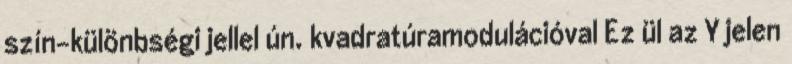
szín-különbségi jellel ún. kvadratúramodulációval Ez ül az Y jelen